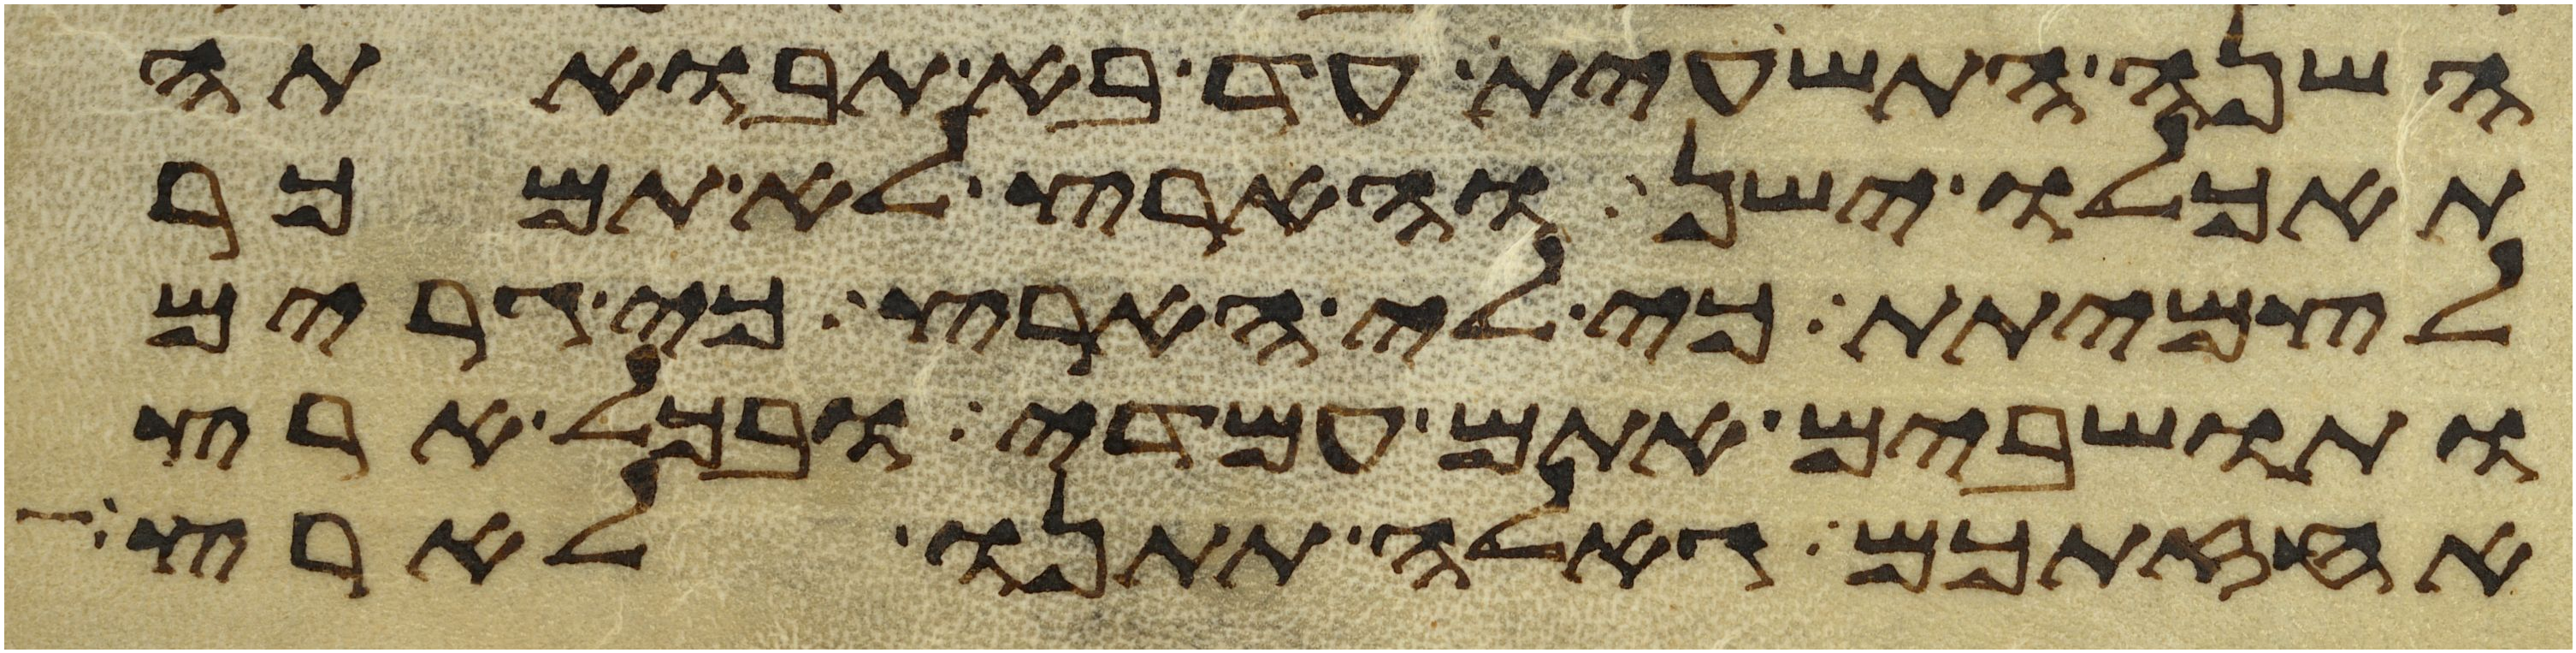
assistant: השנה התשעית עד בא תבואתה
תאכלו ישן והארץ לא תמכר
לצמיתת כי לי הארץ כי גרים
ותושבים אתם עמדי ובכל ארץ
אחזתכם גאלה תתנו לארץ